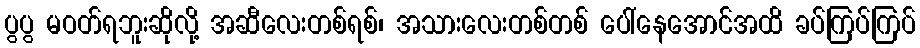
ပွပွ မဝတ်ရဘူးဆိုလို့ အဆီလေးတစ်ရစ်၊ အသားလေးတစ်တစ် ပေါ်နေအောင်အထိ ခပ်ကြပ်ကြပ်